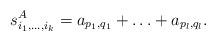
LaTeX: \begin{align*}s^A_{i_1,\ldots,i_k}=a_{p_1,q_1}+\ldots+a_{p_l,q_l}.\end{align*}